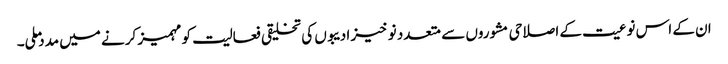
ان کے اس نوعیت کے اصلاحی مشوروں سے متعدد نو خیز ادیبوں کی تخلیقی فعالیت کو مہمیز کرنے میں مدد ملی۔